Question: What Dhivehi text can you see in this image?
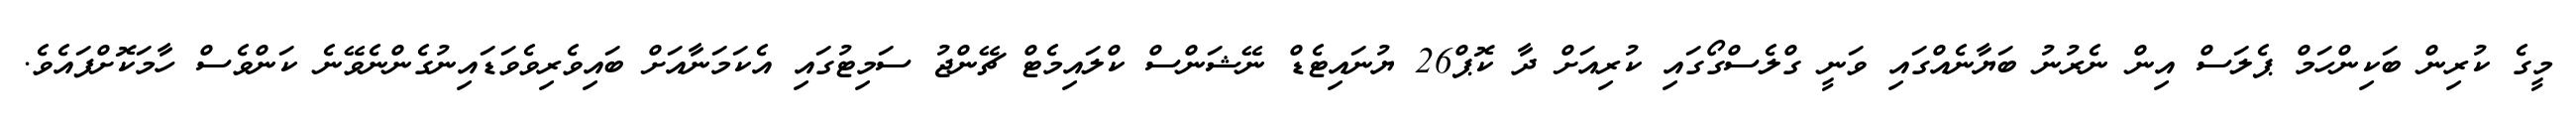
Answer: މީގެ ކުރިން ބަކިންހަމް ޕެލަސް އިން ނެރުނު ބަޔާނެއްގައި ވަނީ ގްލެސްގޯގައި ކުރިއަށް ދާ ކޮޕް26 ޔުނައިޓެޑް ނޭޝަންސް ކްލައިމެޓް ޗޭންޖު ސަމިޓުގައި އެކަމަނާއަށް ބައިވެރިވެވަޑައިނުގެންނެވޭނެ ކަންވެސް ހާމަކޮށްފައެވެ.